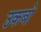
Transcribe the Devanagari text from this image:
उकबो